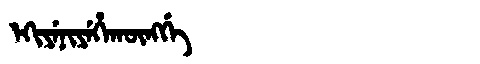
Manchu: ᡝᡴᡳᠶᡝᠨᡳᠶᡝᡥᠠᡴᡡᠩᡤᡝ
Romanization: EKIYENIYEHAKŪNGGE